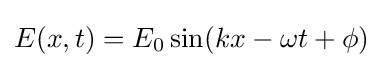
E(x,t)=E_{0}\sin(kx-\omega t+\phi )